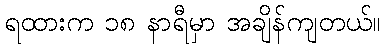
ရထားက ၁၈ နာရီမှာ အချိန်ကျတယ်။